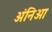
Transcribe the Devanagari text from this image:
अंनिआ